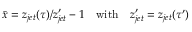
\bar { x } = z _ { j e t } ( \tau ) / z _ { j e t } ^ { \prime } - 1 \quad \mathrm { w i t h } \quad z _ { j e t } ^ { \prime } = z _ { j e t } ( \tau ^ { \prime } )